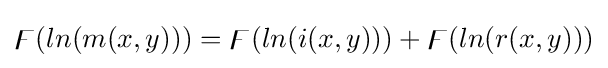
\digamma (ln(m(x,y)))=\digamma (ln(i(x,y)))+\digamma (ln(r(x,y)))